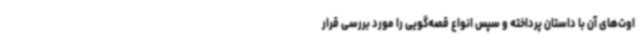
اوت‌های آن با داستان پرداخته و سپس انواع قصه‌گویی را مورد بررسی قرار